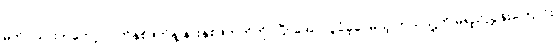
မက်ဂွဲယားကတော့ လက်နှစ်ဖက်နဲ့ နားနှစ်ဖက်ကိုကိုင်ပြီး အောင်ပွဲခံခဲ့ပေမယ့် ဘယ်သူ့ကို မရည်ညွှန်းကြောင်း၊